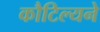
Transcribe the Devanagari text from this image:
कौटिल्‍यने